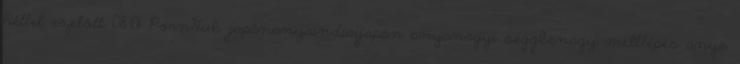
héttel ezelőtt 08:01 PornHub japánanyaindiaijapán anyanagyi seggbenagy melllépés anya